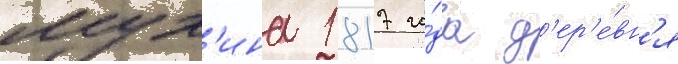
мух'ина 1817 го́да д'ер'е́вн'я